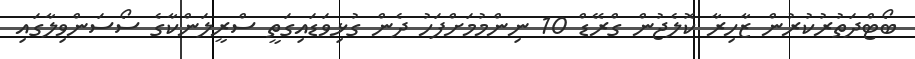
ބޯޓްދަތުރުކުރުން ޒާހިރާ ކޮލެޖުން ގްރޭޑް 10 ނިންމުމަށްފަހު ދެން ގުޅިވަޑައިގަތީ ސްރީލަންކާގެ ސޯސަންވިލާގައި